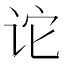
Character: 𫍡